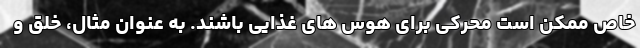
خاص ممکن است محرکی برای هوس های غذایی باشند. به عنوان مثال، خلق و